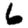
Digit: 6